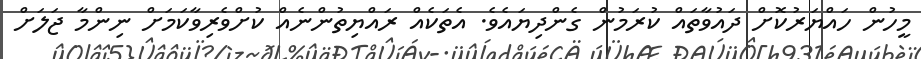
މީހުން ހައްޔަރުކޮށް ދައުވާތައް ކުރަމުން ގެންދިޔައެވެ. އެތަކެއް ރައްޔިތުންނެއް ކުށްވެރިވާކަމަށް ނިންމާ ޖަލަށް